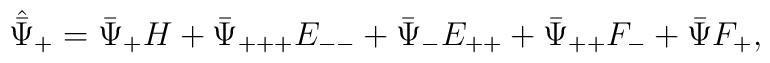
\hat{\bar\Psi}_+=\bar\Psi_+H+\bar\Psi_{+++}E_{--}+\bar\Psi_{-}E_{++}+\bar\Psi_{++}F_-+\bar\Psi F_+,